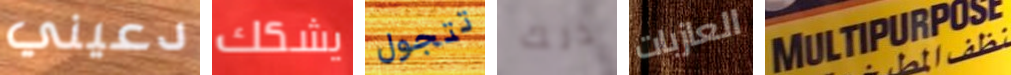
دعيني يشكك تتجول ذلك العازبات MULTIPURPOSE